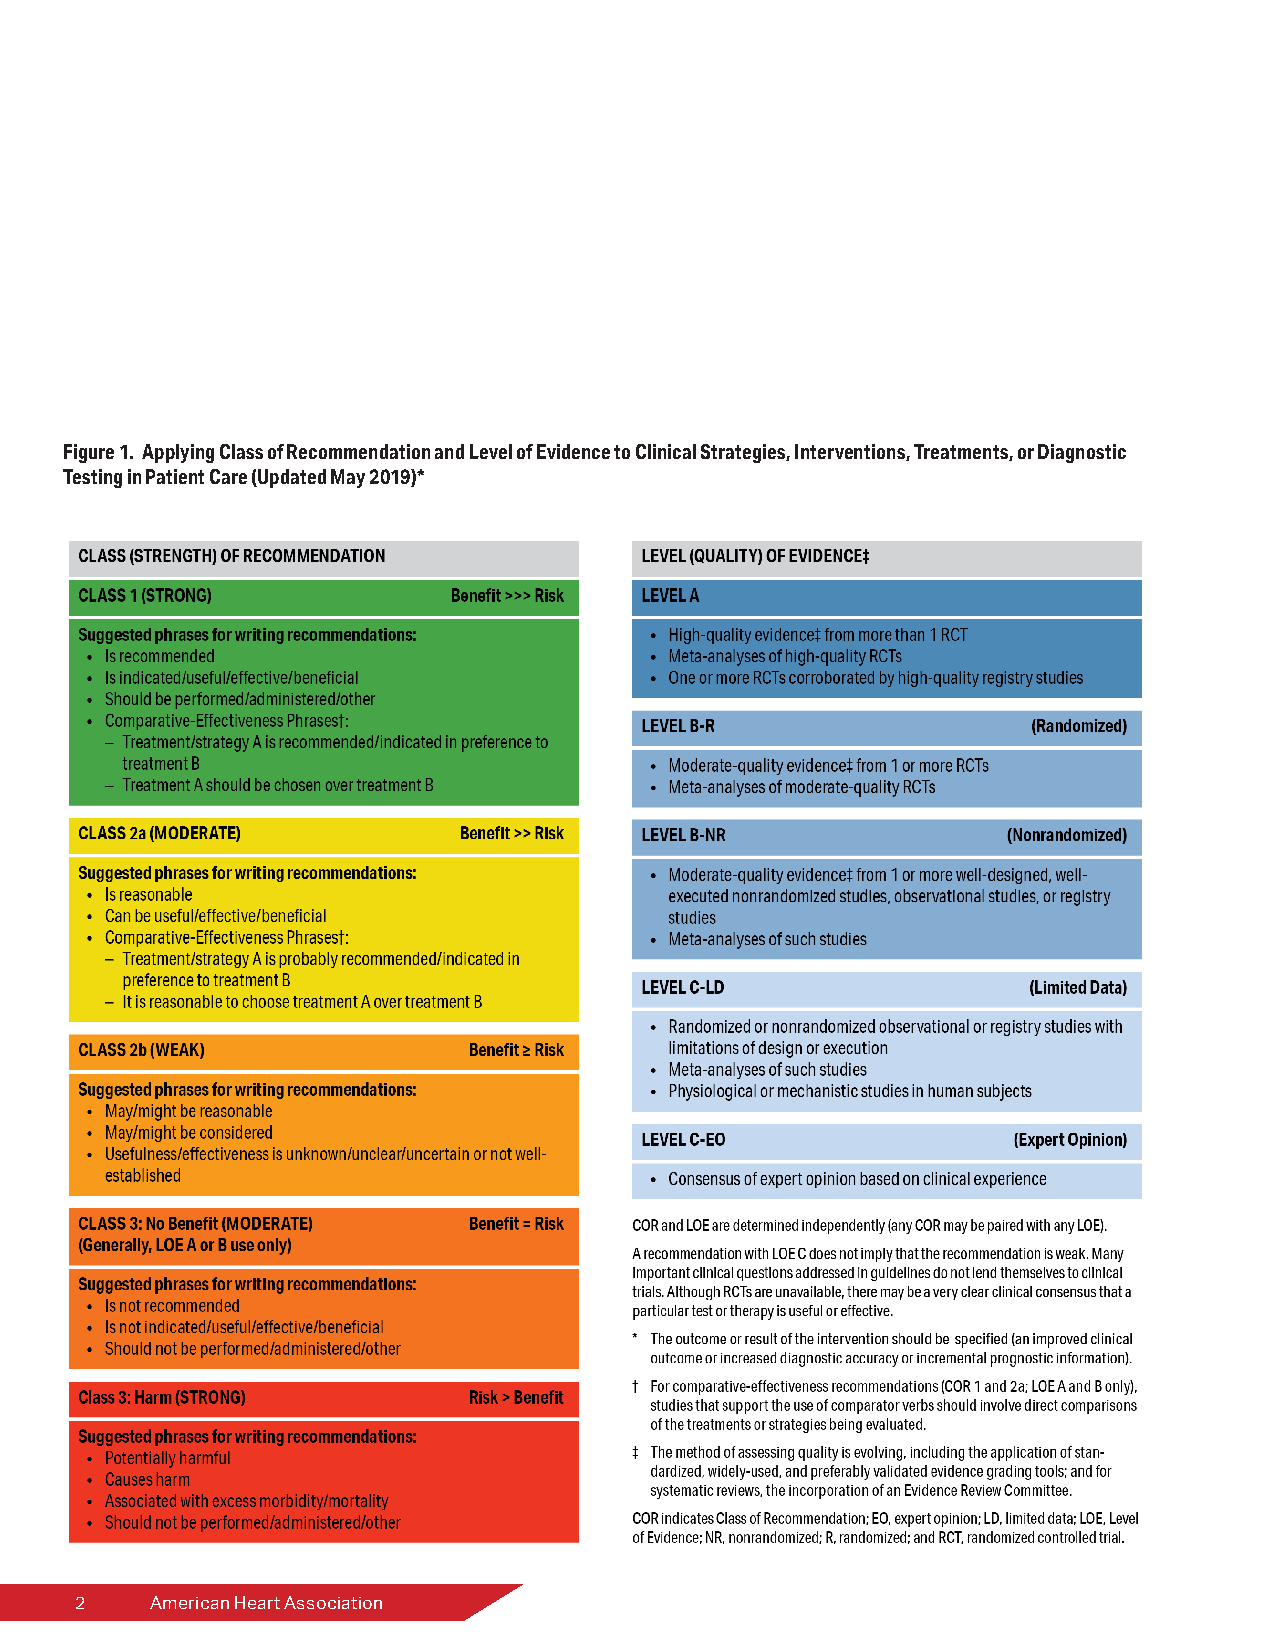
Figure 1. Applying Class of Recommendation and Level of Evidence to Clinical Strategies, Interventions, Treatments, or Diagnostic
 Testing in Patient Care (Updated May 2019)*
 2    American Heart Association